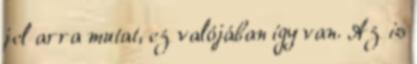
jel arra mutat, ez valójában így van. Az is